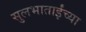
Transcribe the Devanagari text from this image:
सुलभाताईंच्या